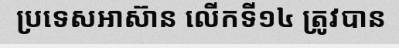
ប្រទេសអាស៊ាន លើកទី១៤ ត្រូវបាន